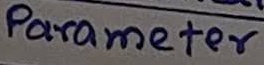
Text: Parameter